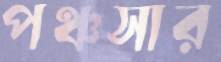
পঞ্চসার